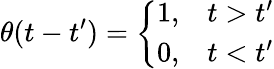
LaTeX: \theta(t-t^{\prime})=\left\{ \begin{array}{ll}{{1,}}&{{t>t^{\prime}}}\\ {{0,}}&{{t<t^{\prime}}}\end{array}\right.